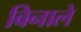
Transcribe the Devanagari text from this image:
बिनाले